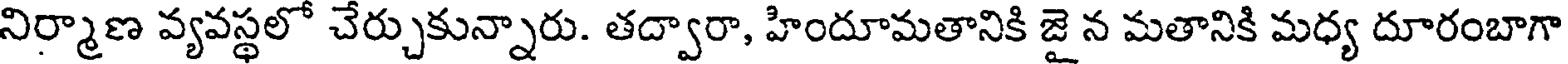
నిర్మాణ వ్యవస్థలో చేర్చుకున్నారు. తద్వారా, హిందూమతానికి జై న మతానికి మధ్య దూరంబాగా